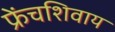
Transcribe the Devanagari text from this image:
फ्रेंचशिवाय